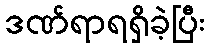
ဒဏ်ရာရရှိခဲ့ပြီး